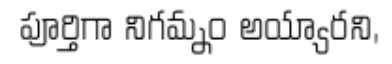
పూర్తిగా నిగమ్నం అయ్యారని,